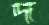
দ